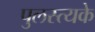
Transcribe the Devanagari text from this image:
पुलस्त्यके